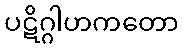
ပဋိဂ္ဂါဟကတော